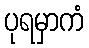
ပုရမှာကံ